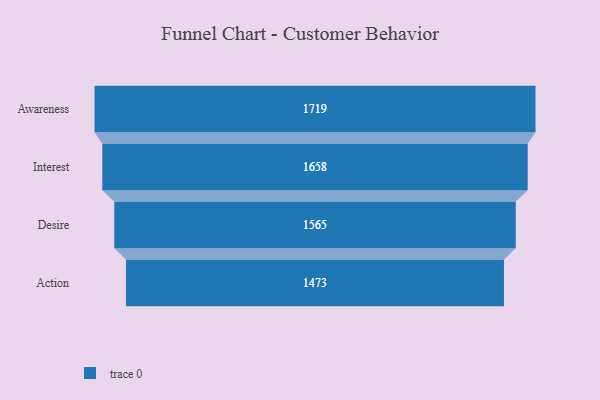
{"axis": {"x": "Stage", "y": "Value"}, "legend": [""], "data": [{"x": "Awareness", "y": 1719.0, "type": ""}, {"x": "Interest", "y": 1658.0, "type": ""}, {"x": "Desire", "y": 1565.0, "type": ""}, {"x": "Action", "y": 1473.0, "type": ""}]}